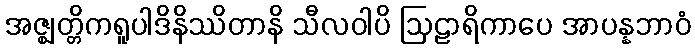
အဇ္ဈတ္တိကရူပါဒိနိဿိတာနိ သီလဝါပိ ဩဠာရိကာပေ အာပန္နဘာဝံ